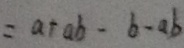
= a + a b - b - a b